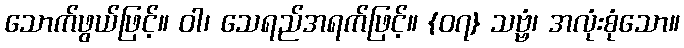
သောက်ဖွယ်ဖြင့်။ ဝါ၊ သေရည်အရက်ဖြင့်။ {၀၇} သဗ္ဗံ၊ အလုံးစုံသော။